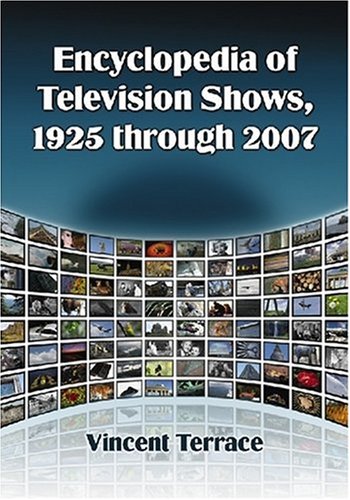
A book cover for Encyclopedia of Television Shows, 1925 through 2007 (4 Volume Set); Vincent Terrace; Humor & Entertainment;